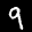
Label: 9